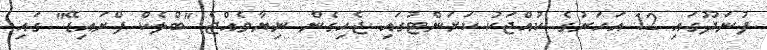
ފުނަދޫގައި 12 އަހަރުގެ ކުއްޖަކު ކަރަންޓުގައި ޖެހިގެން ނިޔާވެއްޖެ "ބްލެކް ފްރައިޑޭ" ގައި